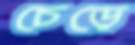
চেড়ে